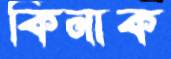
কিনাক